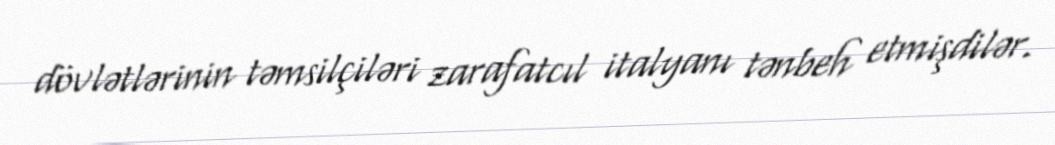
dövlətlərinin təmsilçiləri zarafatcıl italyanı tənbeh etmişdilər.